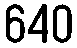
640